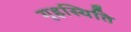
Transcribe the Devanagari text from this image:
गृहस्थिति